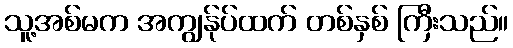
သူ့အစ်မက အကျွန်ုပ်ထက် တစ်နှစ် ကြီးသည်။